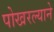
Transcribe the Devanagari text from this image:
पोखरल्याने